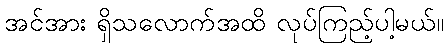
အင်အား ရှိသလောက်အထိ လုပ်ကြည့်ပါ့မယ်။